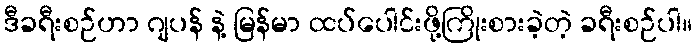
ဒီခရီးစဉ်ဟာ ဂျပန် နဲ့ မြန်မာ ထပ်ပေါင်းဖို့ကြိုးစားခဲ့တဲ့ ခရီးစဉ်ပါ။